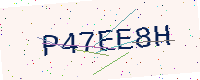
Text: P47EE8H